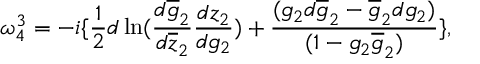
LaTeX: \omega _ { 4 } ^ { 3 } = - i \{ \frac { 1 } { 2 } d \ln ( \frac { d \overline { { { g } } } _ { 2 } } { d \overline { { { z } } } _ { 2 } } \frac { d z _ { 2 } } { d g _ { 2 } } ) + \frac { ( g _ { 2 } d \overline { { { g } } } _ { 2 } - \overline { { { g } } } _ { 2 } d g _ { 2 } ) } { ( 1 - g _ { 2 } \overline { { { g } } } _ { 2 } ) } \} ,